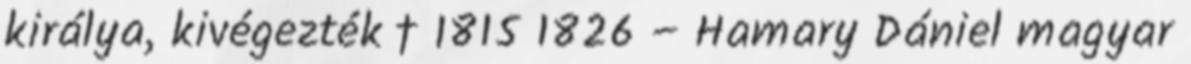
királya, kivégezték † 1815 1826 – Hamary Dániel magyar